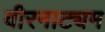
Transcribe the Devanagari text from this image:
वीरनाट्यम